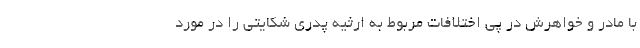
با مادر و خواهرش در پی اختلافات مربوط به ارثیه پدری شکایتی را در مورد